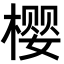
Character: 樱